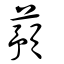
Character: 蕷